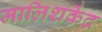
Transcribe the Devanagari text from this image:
मालिशकेंद्र